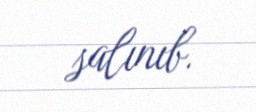
salınıb.